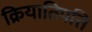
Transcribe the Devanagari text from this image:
क्रियातिपत्ति